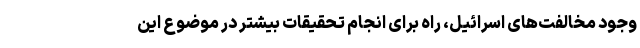
وجود مخالفت‌های اسرائیل، راه برای انجام تحقیقات بیشتر در موضوع این